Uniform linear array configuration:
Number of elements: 64
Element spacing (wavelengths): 0.75
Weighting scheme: binomial
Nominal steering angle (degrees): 30
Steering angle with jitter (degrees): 28.074
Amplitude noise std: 0.05
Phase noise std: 0.05

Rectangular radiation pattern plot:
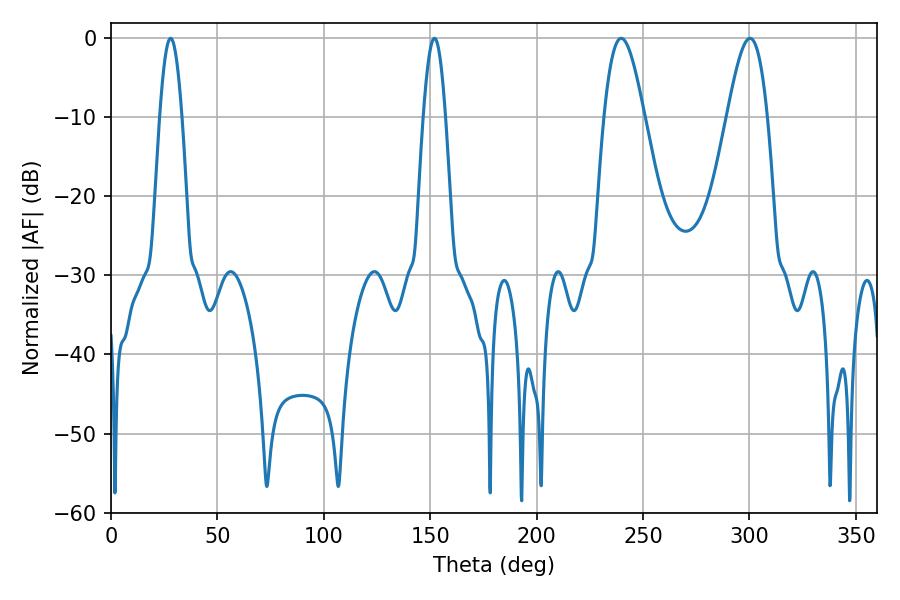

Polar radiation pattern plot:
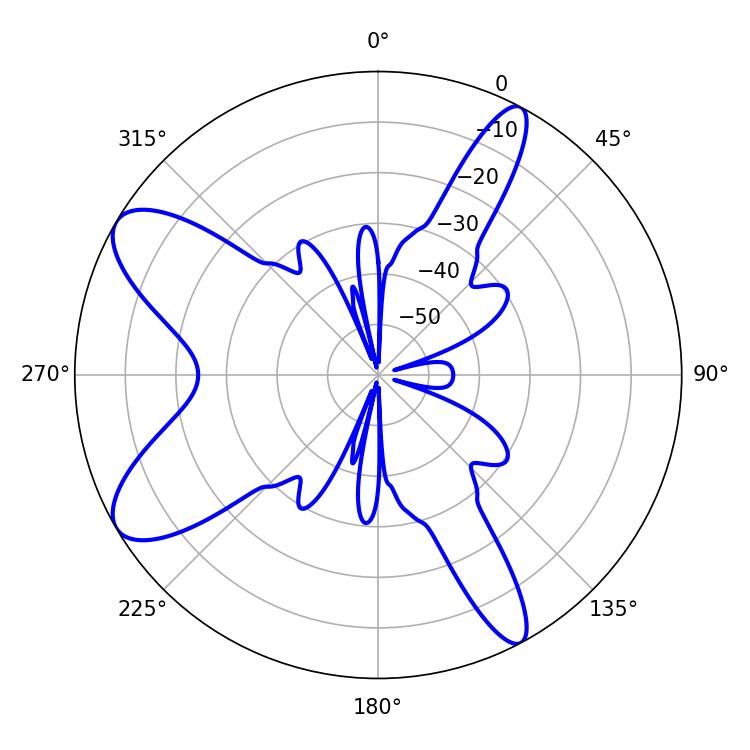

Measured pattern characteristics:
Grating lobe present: TRUE
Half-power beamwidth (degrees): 10.08
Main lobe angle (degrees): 239.76